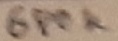
Text: 680K